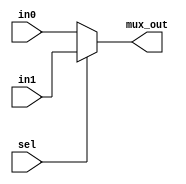
module Mux21
#(parameter width = 5) 
(
    input [width-1:0] in0, in1, 
    input sel,
    output [width-1:0] mux_out
);
    
    assign mux_out = sel ? in1 : in0;
endmodule

module multiplexor_test;

  localparam WIDTH=5;

  reg              sel  ;
  reg  [WIDTH-1:0] in0  ;
  reg  [WIDTH-1:0] in1  ;
  wire [WIDTH-1:0] mux_out;

  Mux21
  #(
    .width ( WIDTH )
   )
  multiplexor_inst
  (
    .sel     ( sel     ),
    .in0     ( in0     ),
    .in1     ( in1     ),
    .mux_out ( mux_out ) 
  );

  task expect;
    input [WIDTH-1:0] exp_out;
    if (mux_out !== exp_out) begin
      $display("TEST FAILED");
      $display("At time %0d sel=%b in0=%b in1=%b mux_out=%b",
               $time, sel, in0, in1, mux_out);
      $display("mux_out should be %b", exp_out);
      $finish;
    end
   else begin
      $display("At time %0d sel=%b in0=%b in1=%b, mux_out=%b",
               $time, sel, in0, in1, mux_out);
   end 
  endtask

  initial begin
    $dumpfile("trytest.vcd");
    $dumpvars;
    sel=0; in0=5'h15; in1=5'h00; #1 expect (5'h15);
    sel=0; in0=5'h0A; in1=5'h00; #1 expect (5'h0A);
    sel=1; in0=5'h00; in1=5'h15; #1 expect (5'h15);
    sel=1; in0=5'h00; in1=5'h0A; #1 expect (5'h0A);
    $display("TEST PASSED");
    $finish;
  end

endmodule